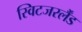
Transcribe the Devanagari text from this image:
स्विटजरर्लैंड